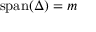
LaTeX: \operatorname { s p a n } ( \Delta ) = m